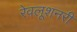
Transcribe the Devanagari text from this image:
रेवलूशनरी